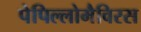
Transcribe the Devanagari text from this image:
पेपिल्लोमैविरस